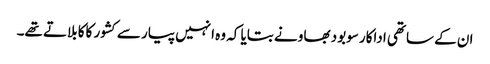
ان کے ساتھی اداکار سوبود بھاو نے بتایا کہ وہ انہیں پیار سے کشور کاکا بلاتے تھے۔